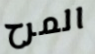
المرح